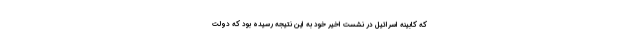
که کابینه اسرائیل در نشست اخیر خود به این نتیجه رسیده بود که دولت